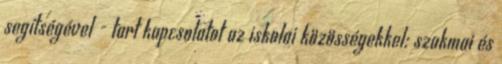
segítségével - tart kapcsolatot az iskolai közösségekkel: szakmai és